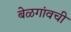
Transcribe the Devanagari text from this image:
बेळगांवची